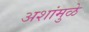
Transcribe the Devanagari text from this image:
अशांमुळे